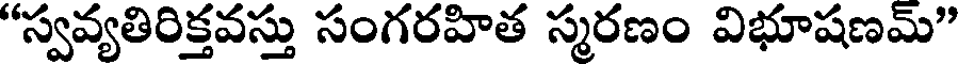
"స్వవ్యతిరిక్తవస్తు సంగరహిత స్మరణం విభూషణమ్"